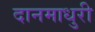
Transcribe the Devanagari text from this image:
दानमाधुरी